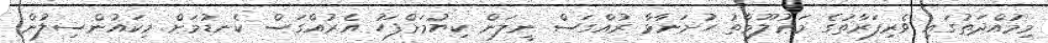
މިމުއްދަތުގައި ވެރިފަރާތުގެ މަޢުލޫމާތު ހުށަނާޅާ ރުއްގަސް ނީލަން ކިޔުމަށްފަހު އެރުއްގަސް ކެނޑުމަށް މިކައުންސިލުން